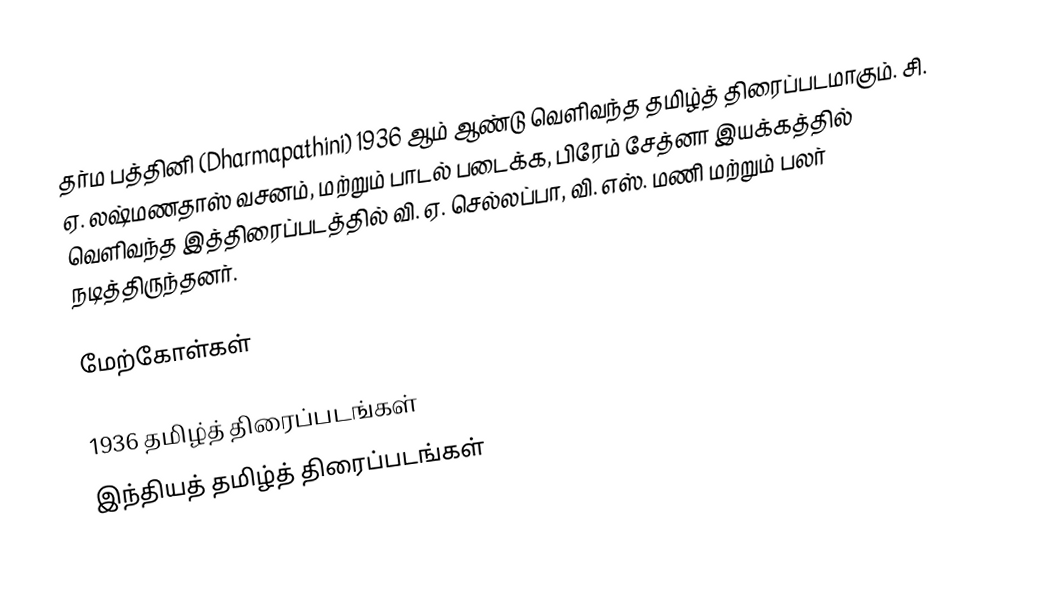
தர்ம பத்தினி (Dharmapathini) 1936 ஆம் ஆண்டு வெளிவந்த தமிழ்த் திரைப்படமாகும். சி. ஏ. லஷ்மணதாஸ் வசனம், மற்றும் பாடல் படைக்க, பிரேம் சேத்னா இயக்கத்தில் வெளிவந்த இத்திரைப்படத்தில் வி. ஏ. செல்லப்பா, வி. எஸ். மணி மற்றும் பலர் நடித்திருந்தனர்.

மேற்கோள்கள்

1936 தமிழ்த் திரைப்படங்கள்
இந்தியத் தமிழ்த் திரைப்படங்கள்